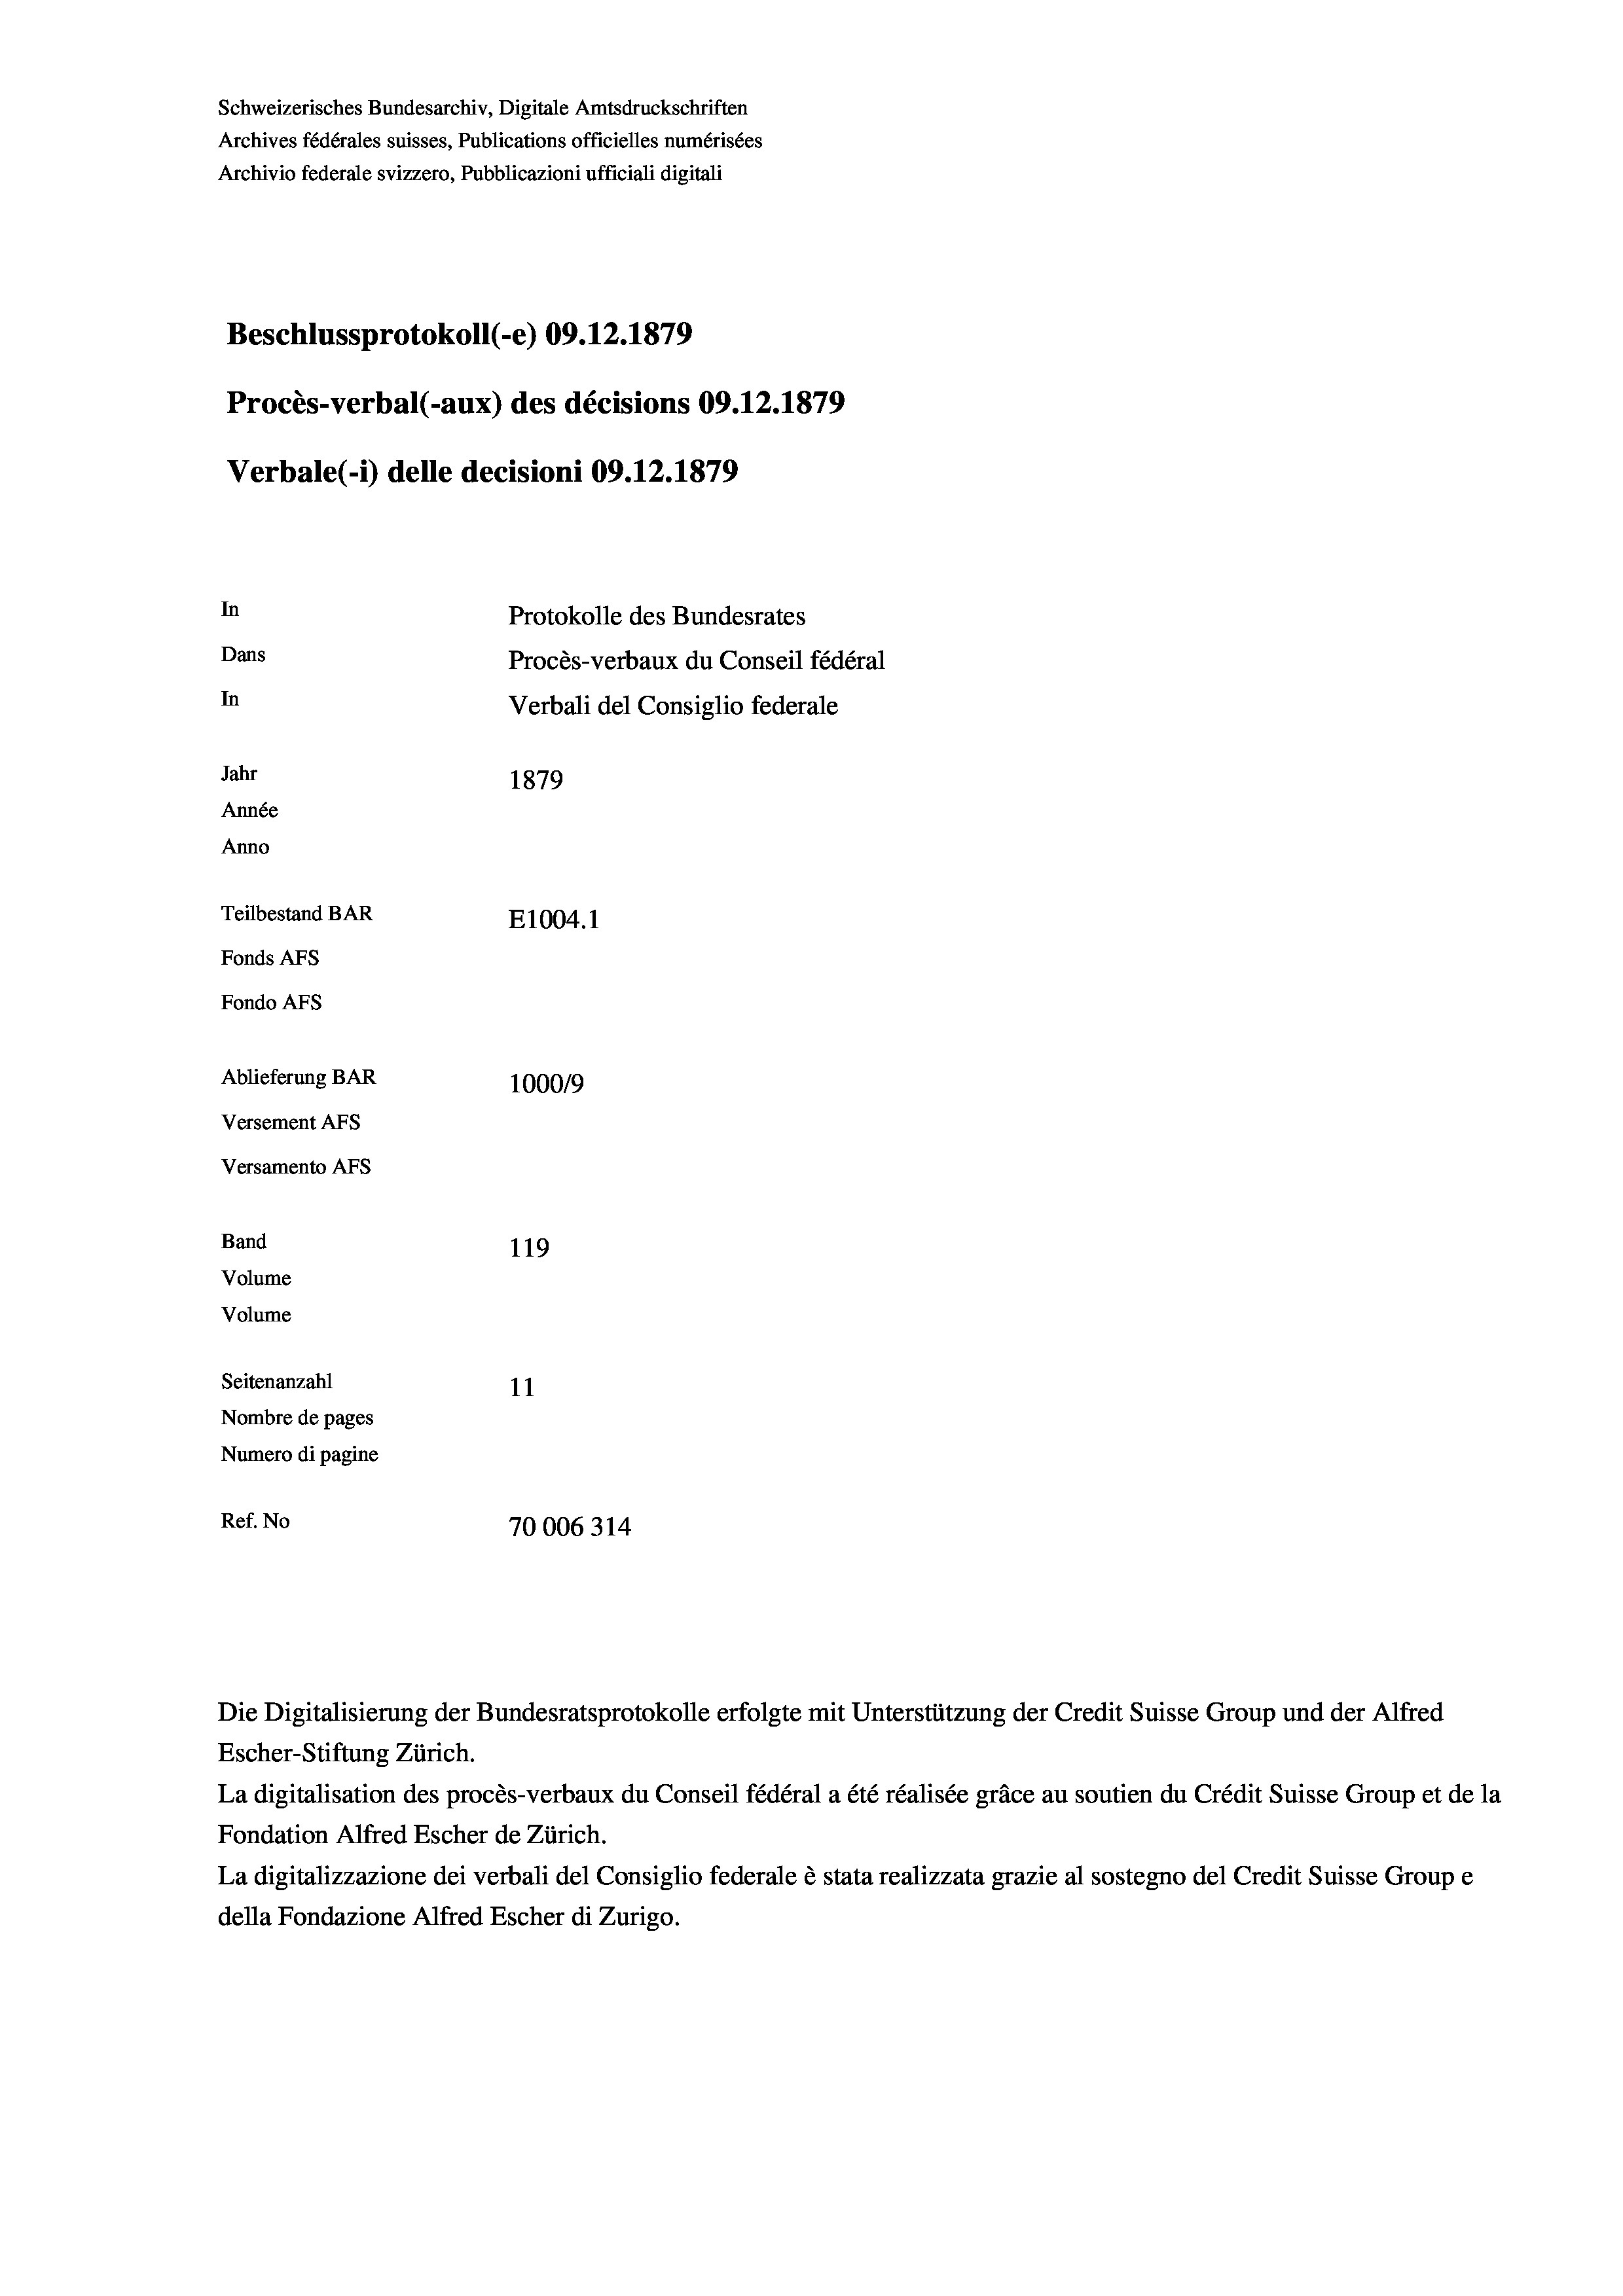
Schweizerisches Bundesarchiv, Digitale Amtsdruckschriften
Archives fédérales suisses, Publications officielles numérisées
Archivio federale svizzero, Pubblicazioni ufficiali digitali
Beschlussprotokoll (-e) 09.12.1879
Procès-verbal (-aux) des décisions 09.12.1879
Verbale(-*) delle decisioni 09.12.1879
In
Protokolle des Bundesrates
Dans
Procès-verbaux du Conseil fédéral
In
Verbali del Consiglio federale
Jahr
1879
Année
Anno
Teilbestand BAR
E1004. 1
Fonds AFs
Fondo AFs
Ablieferung BAR
100019
Versement Abs
Versamento Afs

119
Volume
Volume
Seitenanzahl
11
Nombre de pages
Numero di pagine
Ref. No
70006314

Band

Die Digitalisierung der Bundesratsprotokolle erfolgte mit Unterstützung der Credit Suisse Group und der Alfred
Escher-Stiftung Zürich.
La digitalisation des procès-verbaux du Conseil fédéral a été réalisée gräce au soutien du Crédit Suisse Group et de la
Fondation Alfred Escher de Zürich.
La digitalizzazione dei verbali del Consiglio federale è stata realizzata grazie al sostegno del Credit Suisse Groupe
della Fondazione Alfred Escher di Zurigo.